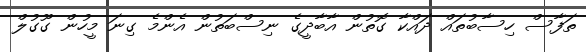
ތަފާސް ހިސާބުތައް ދައްކާ ގޮތުން އާބާދީގެ ނިސްބަތުން އެންމެ ގިނަ މީހުން ގޫގުލް